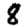
Digit: 8